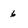
Character: 6